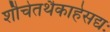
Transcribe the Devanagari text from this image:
शौचेतथैकाहेसद्यः